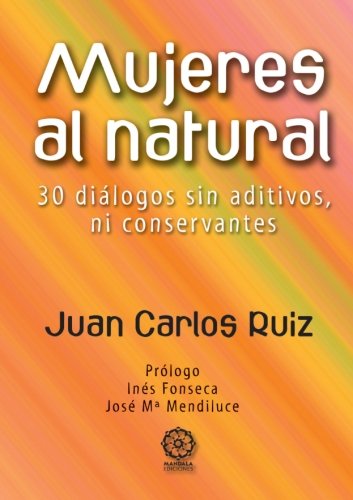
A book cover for Mujeres al Natural (Spanish Edition); Juan Carlos RuÃ­z; Teen & Young Adult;